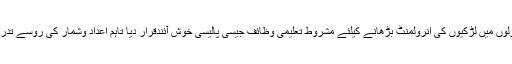
شائع کردہ رپورٹ وومن اکنامکس امپاورمنٹ میں پاکستان کی جانب سے سرکاری اسکولوں میں لڑکیوں کی انرولمنٹ بڑھانے کیلئے مشروط تعلیمی وظائف جیسی پالیسی خوش آئندقرار دیا تاہم اعداد وشمار کی روسے تدریسی مراکز میں لڑکیوں کی تعداد بڑھنے سے جبری مشقت کے رحجان میں کمی آئیہے۔